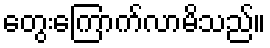
တွေးကြောက်လာမိသည်။